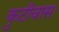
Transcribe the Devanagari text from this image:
कुटीवासः